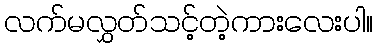
လက်မလွှတ်သင့်တဲ့ကားလေးပါ။